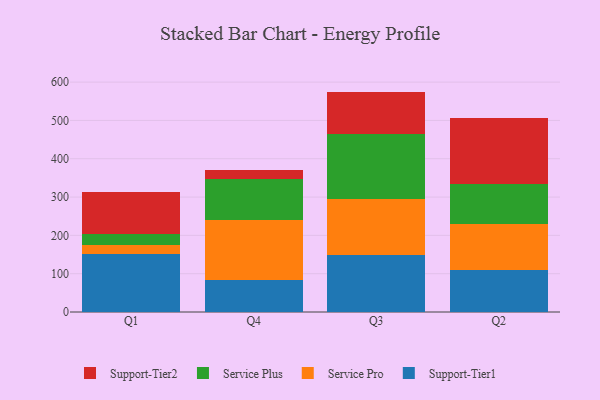
{"axis": {"x": "Quarter", "y": "Website Visitors"}, "legend": ["Service Plus", "Service Pro", "Support-Tier1", "Support-Tier2"], "data": [{"x": "Q1", "y": 152.2, "type": "Support-Tier1"}, {"x": "Q1", "y": 22.6, "type": "Service Pro"}, {"x": "Q1", "y": 30.0, "type": "Service Plus"}, {"x": "Q1", "y": 107.2, "type": "Support-Tier2"}, {"x": "Q4", "y": 82.5, "type": "Support-Tier1"}, {"x": "Q4", "y": 158.1, "type": "Service Pro"}, {"x": "Q4", "y": 107.3, "type": "Service Plus"}, {"x": "Q4", "y": 21.6, "type": "Support-Tier2"}, {"x": "Q3", "y": 149.7, "type": "Support-Tier1"}, {"x": "Q3", "y": 144.7, "type": "Service Pro"}, {"x": "Q3", "y": 171.1, "type": "Service Plus"}, {"x": "Q3", "y": 109.7, "type": "Support-Tier2"}, {"x": "Q2", "y": 110.4, "type": "Support-Tier1"}, {"x": "Q2", "y": 119.1, "type": "Service Pro"}, {"x": "Q2", "y": 104.9, "type": "Service Plus"}, {"x": "Q2", "y": 172.3, "type": "Support-Tier2"}]}